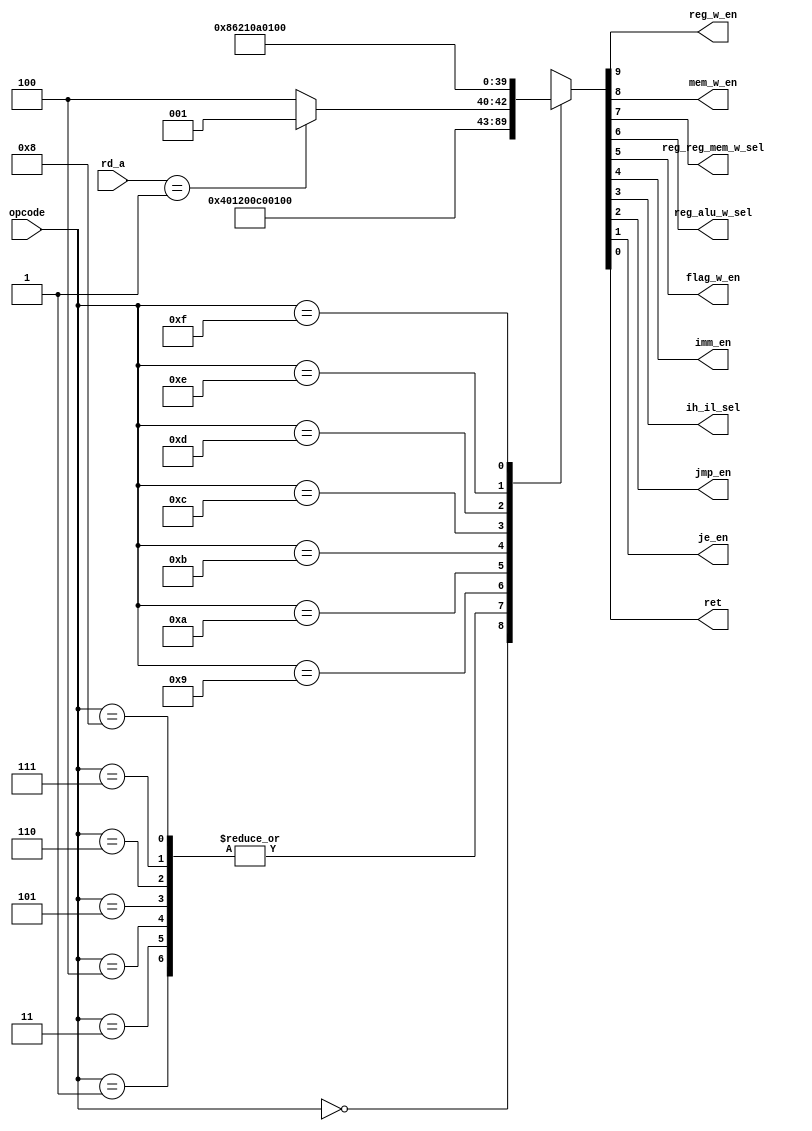
module main_controller(opcode, rd_a, reg_w_en, mem_w_en, reg_reg_mem_w_sel, reg_alu_w_sel, flag_w_en, imm_en, ih_il_sel, jmp_en, je_en, ret);
    input [3:0] opcode;
    input [1:0] rd_a;
    output reg_w_en, mem_w_en;
    output reg_reg_mem_w_sel;
    output reg_alu_w_sel;
    output flag_w_en;
    output imm_en;
    output ih_il_sel;
    output jmp_en, je_en;
    output ret;

    assign {reg_w_en, mem_w_en, reg_reg_mem_w_sel, reg_alu_w_sel, flag_w_en, imm_en, ih_il_sel, jmp_en, je_en, ret} = main_control(opcode, rd_a);
    
    function [9:0] main_control(input [3:0] opcode, input [1:0] rd_a);
        begin
            case(opcode)
            4'b0000: main_control = 10'b1000000000;    //mov
            4'b0001: main_control = 10'b1001000000;    //add
            4'b0011: main_control = 10'b1001000000;    //and
            4'b0100: main_control = 10'b1001000000;    //or
            4'b0101: main_control = 10'b1001000000;    //not
            4'b0110: main_control = 10'b1001000000;    //sll
            4'b0111: main_control = 10'b1001000000;    //srl
            4'b1000: main_control = 10'b1001000000;    //sra
            4'b1001: main_control = 10'b0001100000;    //cmp
            4'b1010: main_control = 10'b0000000010;    //je
            4'b1011: begin
                case(rd_a)
                    2'b01:   main_control = 10'b0000000001; //iret
                    default: main_control = 10'b0000000100; //jmp
                endcase
            end
            4'b1100: main_control = 10'b1000011000;    //ldih
            4'b1101: main_control = 10'b1000010000;    //ldil
            4'b1110: main_control = 10'b1010000000;    //ld
            4'b1111: main_control = 10'b0100000000;    //st
            endcase
        end
    endfunction
endmodule